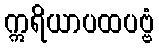
ဣရိယာပထပဗ္ဗံ